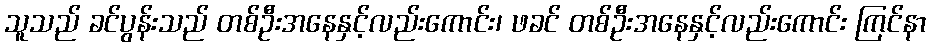
သူသည် ခင်ပွန်းသည် တစ်ဦးအနေနှင့်လည်းကောင်း၊ ဖခင် တစ်ဦးအနေနှင့်လည်းကောင်း ကြင်နာ